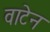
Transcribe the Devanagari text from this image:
वाटेन